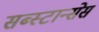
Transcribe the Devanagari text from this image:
सब्स्टान्सेस